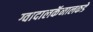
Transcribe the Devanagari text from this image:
ग्वादालकॅनालकडे